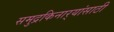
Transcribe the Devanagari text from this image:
समुद्रकिनार्‍यांसाठी